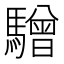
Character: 驓